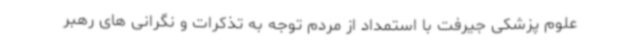
علوم پزشکی جیرفت با استمداد از مردم توجه به تذکرات و نگرانی های رهبر